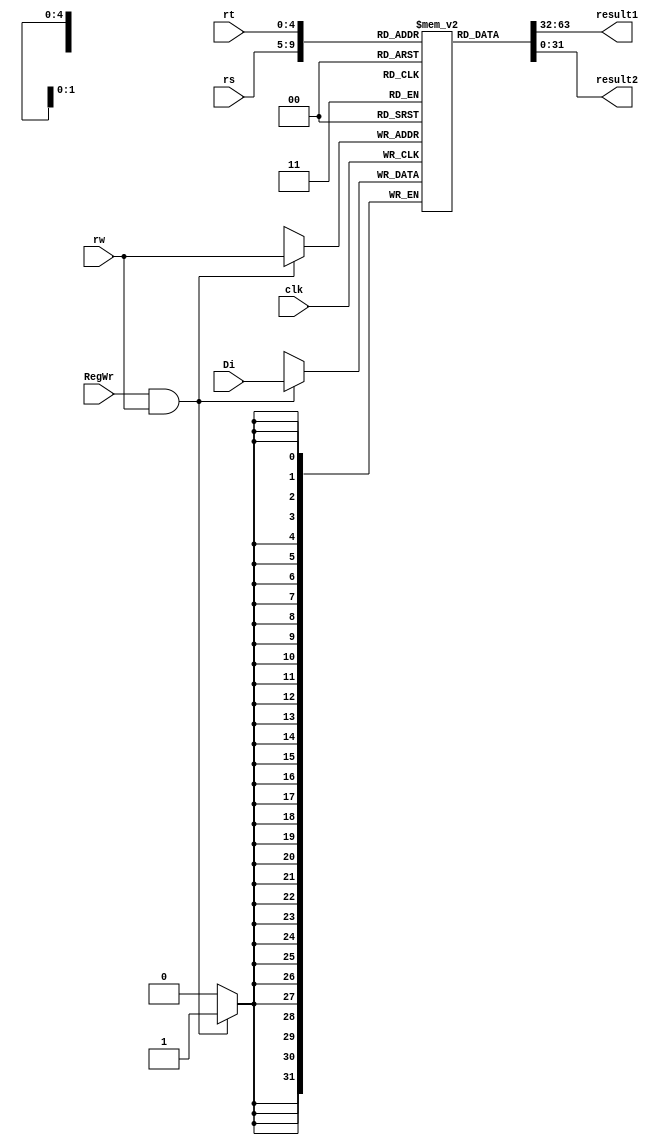
module RFile(clk,RegWr,rs,rt,rw,Di,result1,result2);
	input clk,RegWr; 		 	//RegWr 
	input[4:0] rs,rt,rw;	//RFile
	input[31:0] Di;	    	//dmalu
	output[31:0] result1,result2;	//
	reg[31:0] registers[31:0];

	//initial
	integer i;
	initial begin
		for(i = 0;i<=31; i = i+1)
			registers[i] = 0;
	end

	//output
	assign result1 = registers[rs];
	assign result2 = registers[rt];

	//input
	always @(negedge clk) begin
		if(RegWr && rw) registers[rw] <= Di; //0
	end

endmodule